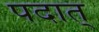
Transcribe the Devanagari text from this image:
पदात्